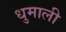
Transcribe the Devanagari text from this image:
धुमाली